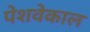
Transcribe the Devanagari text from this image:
पेशवेकाल